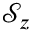
\mathcal { S } _ { z }